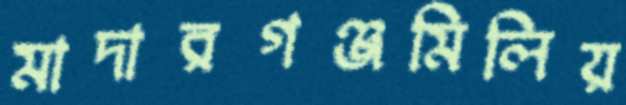
মাদারগঞ্জমিলিয়